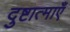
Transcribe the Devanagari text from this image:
दुष्टात्माएँ